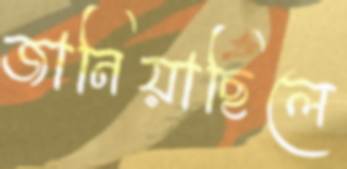
জানিয়াছিলে